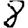
Digit: 8